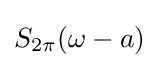
S_{2\pi }(\omega -a)\!